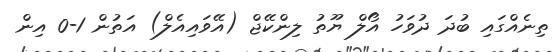
ތިނެއްގައި ބުދަ ދުވަހު އޯލް ޔޫތު ލިންކޭޖް (އޭވައިއެލް) އަތުން 1-0 އިން